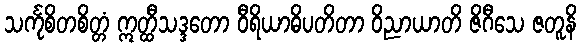
သင်္ကုစိတစိတ္တံ ဣတ္ထီသဒ္ဒတော ဝီရိယာဓိပတိတာ ဝိညာယာတိ ဇိဂီသေ ဇတူနိ